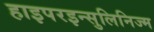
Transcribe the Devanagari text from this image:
हाइपरइन्सुलिनिज्म